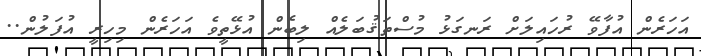
އަހަރެން އުފާވޭ ރުހައިލަށް ރަނގަޅު މުސްތަޤުބަލެއް ލިބެން އުޅޭތީވެ އަހަރެން މިހިރީ އުފަލުން..